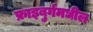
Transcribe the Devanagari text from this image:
फ्राइबुर्गमधील